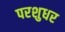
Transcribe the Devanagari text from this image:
परशुधर